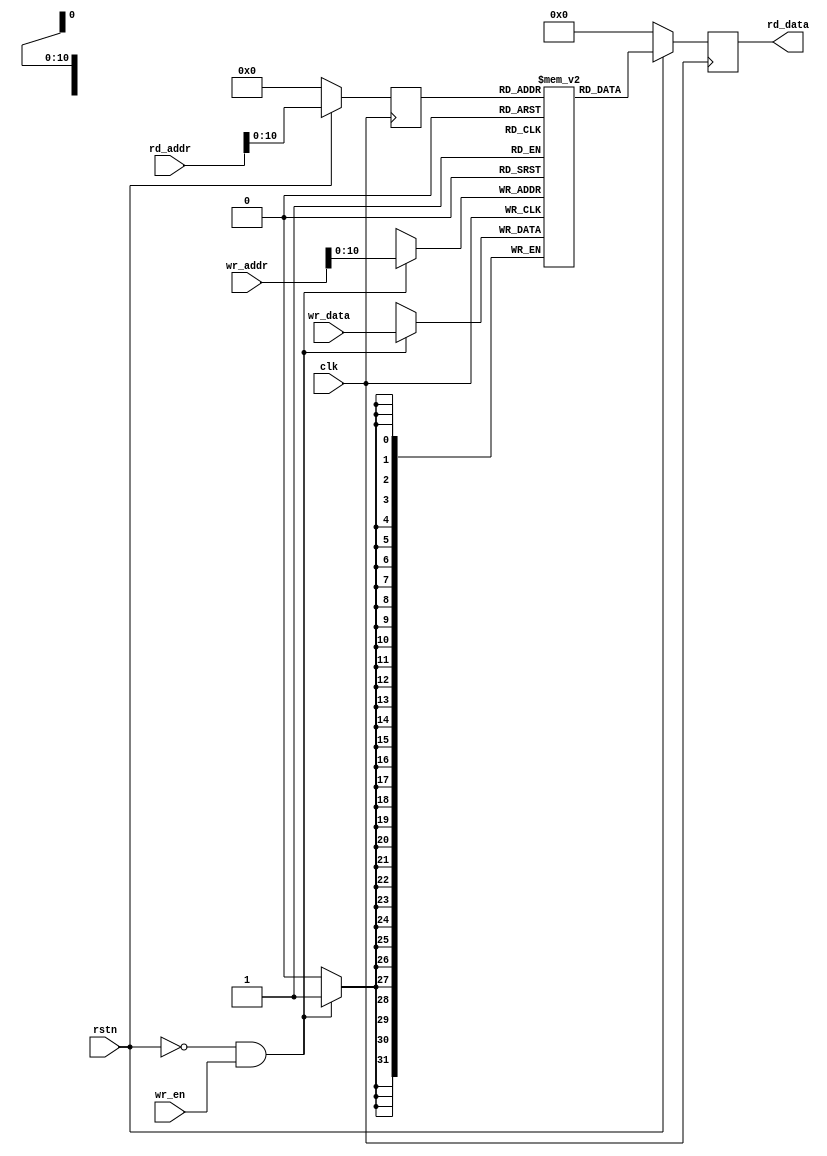
module block_mem #(
    parameter ADDR_WIDTH = 16,
    parameter DATA_WIDTH = 32,
    parameter MEM_DEPTH  = 2048
) (
    input clk,
    input rstn,

    input[ADDR_WIDTH-1:0]   rd_addr,
    output[DATA_WIDTH-1:0]  rd_data,

    input[ADDR_WIDTH-1:0]   wr_addr,
    input[DATA_WIDTH-1:0]   wr_data,
    input                   wr_en
);

    reg[ADDR_WIDTH-1:0] rd_addr_reg = 0;
    reg[DATA_WIDTH-1:0] rd_data;

    reg[DATA_WIDTH-1:0] mem[MEM_DEPTH-1:0];

    integer i;
    initial begin
        for(i = 0; i < MEM_DEPTH; i = i + 1)
            mem[i] = 0;

            `ifdef INSTN_INIT_MEM_FILE
                $display("Reading instruction memory file %s", `INSTN_INIT_MEM_FILE);
                $readmemb(`INSTN_INIT_MEM_FILE, mem);    
            `else
                $display("Instruction memory file not defined! Using all 0s!!!");
            `endif
    end

    always @(posedge clk) begin
        if(~rstn) begin
            rd_addr_reg <= 0;        
            rd_data     <= 0;
        end else begin
            rd_addr_reg <= rd_addr;
            rd_data     <= mem[rd_addr_reg];
        end
    end

    always @(posedge clk) if(~rstn && wr_en) mem[wr_addr] <= wr_data;

endmodule